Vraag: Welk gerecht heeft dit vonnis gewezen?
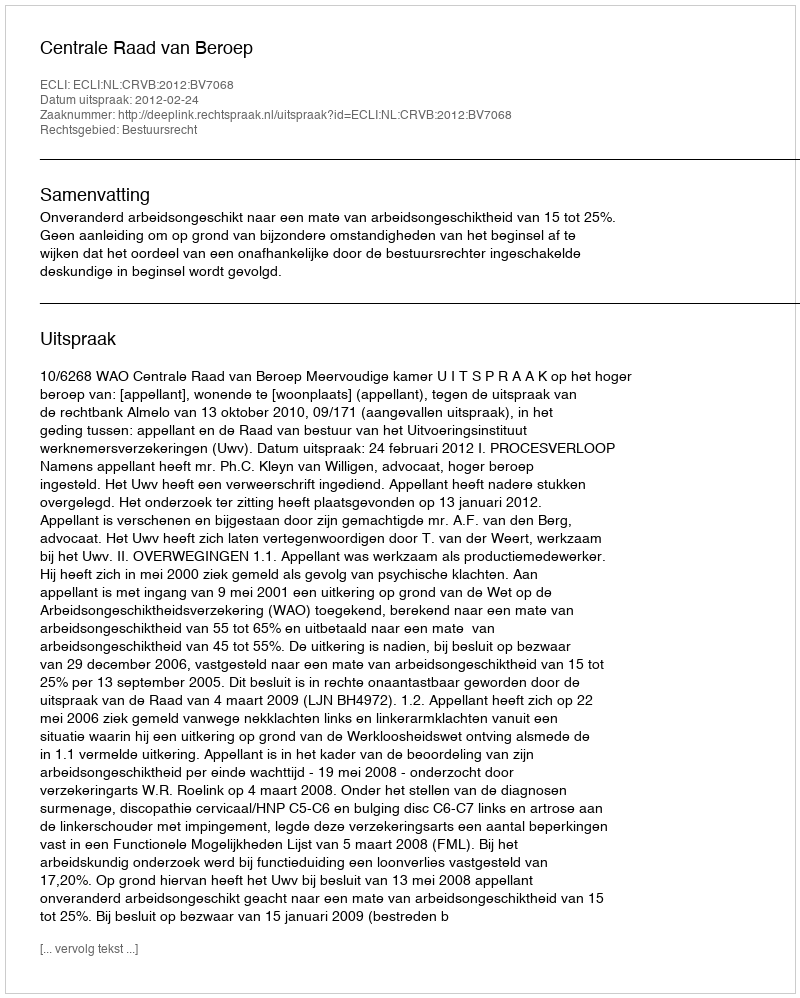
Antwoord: Centrale Raad van Beroep